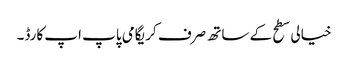
خیالی سطح کے ساتھ صرف کریگامی پاپ اپ کارڈ۔